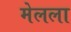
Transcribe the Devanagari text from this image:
मेलला